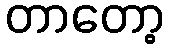
တာတော့